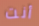
أنت